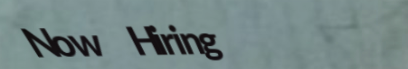
Now Hiring